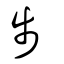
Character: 步